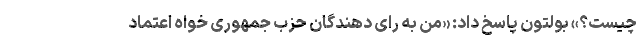
چیست؟» بولتون پاسخ داد: «من به رای دهندگان حزب جمهوری خواه اعتماد